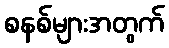
စနစ်များအတွက်